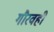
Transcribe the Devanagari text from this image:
गौरवही